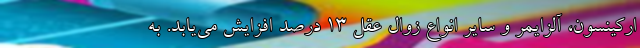
ارکینسون، آلزایمر و سایر انواع زوال عقل ۱۳ درصد افزایش می‌یابد. به